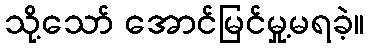
သို့သော် အောင်မြင်မှု့မရခဲ့။